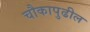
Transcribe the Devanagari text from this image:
चौकापुढील